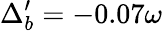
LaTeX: \Delta_{b}^{\prime}=-0.07\omega